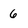
Character: 6